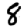
Digit: 8